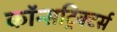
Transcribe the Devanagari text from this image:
कॉन्सट्रिक्टर्स